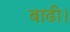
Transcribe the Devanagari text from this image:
बाढी।